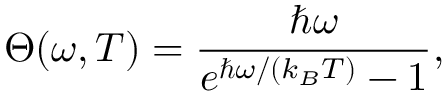
\Theta ( \omega , T ) = \frac { \hbar \omega } { e ^ { \hbar \omega / ( k _ { B } T ) } - 1 } ,